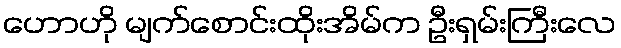
ဟောဟို မျက်စောင်းထိုးအိမ်က ဦးရှမ်းကြီးလေ